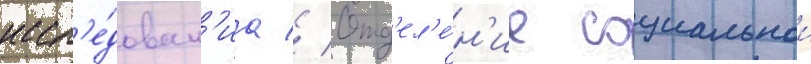
иссл'е́дован'иа // Отд'ел'е́н'ие социальнои